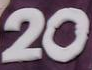
20